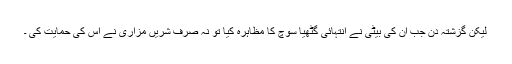
لیکن گزشتہ دن جب ان کی بیٹی نے انتہائی گٹھیا سوچ کا مظاہرہ کیا تو نہ صرف شریں مزاری نے اس کی حمایت کی ۔